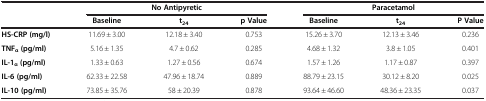
<table><thead><tr><td rowspan="2"><b> </b></td><td colspan="3"><b>No Antipyretic</b></td><td colspan="3"><b>Paracetamol</b></td></tr><tr><td><b>Baseline</b></td><td><b>t<sub>24</sub></b></td><td><b>p Value</b></td><td><b>Baseline</b></td><td><b>t<sub>24</sub></b></td><td><b>P Value</b></td></tr></thead><tbody><tr><td><b>HS-CRP (mg/l)</b></td><td>11.69 ± 3.00</td><td>12.18 ± 3.40</td><td>0.753</td><td>15.26 ± 3.70</td><td>12.13 ± 3.46</td><td>0.236</td></tr><tr><td><b>TNF</b><sub><b>α</b></sub><b>(pg/ml)</b></td><td>5.16 ± 1.35</td><td>4.7 ± 0.62</td><td>0.285</td><td>4.68 ± 1.32</td><td>3.8 ± 1.05</td><td>0.401</td></tr><tr><td><b>IL-1</b><sub><b>α</b></sub><b>(pg/ml)</b></td><td>1.33 ± 0.63</td><td>1.27 ± 0.56</td><td>0.674</td><td>1.57 ± 1.26</td><td>1.17 ± 0.87</td><td>0.397</td></tr><tr><td><b>IL-6 (pg/ml)</b></td><td>62.33 ± 22.58</td><td>47.96 ± 18.74</td><td>0.889</td><td>88.79 ± 23.15</td><td>30.12 ± 8.20</td><td>0.025</td></tr><tr><td><b>IL-10 (pg/ml)</b></td><td>73.85 ± 35.76</td><td>58 ± 20.39</td><td>0.878</td><td>93.64 ± 46.60</td><td>48.36 ± 23.35</td><td>0.037</td></tr></tbody></table>